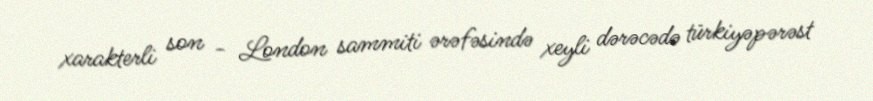
xarakterli son - London sammiti ərəfəsində xeyli dərəcədə türkiyəpərəst